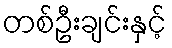
တစ်ဦးချင်းနှင့်